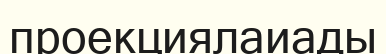
проекциялаиады